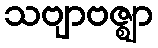
သဗျာဗဇ္ဈာ